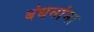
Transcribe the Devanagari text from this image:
बंधनांना